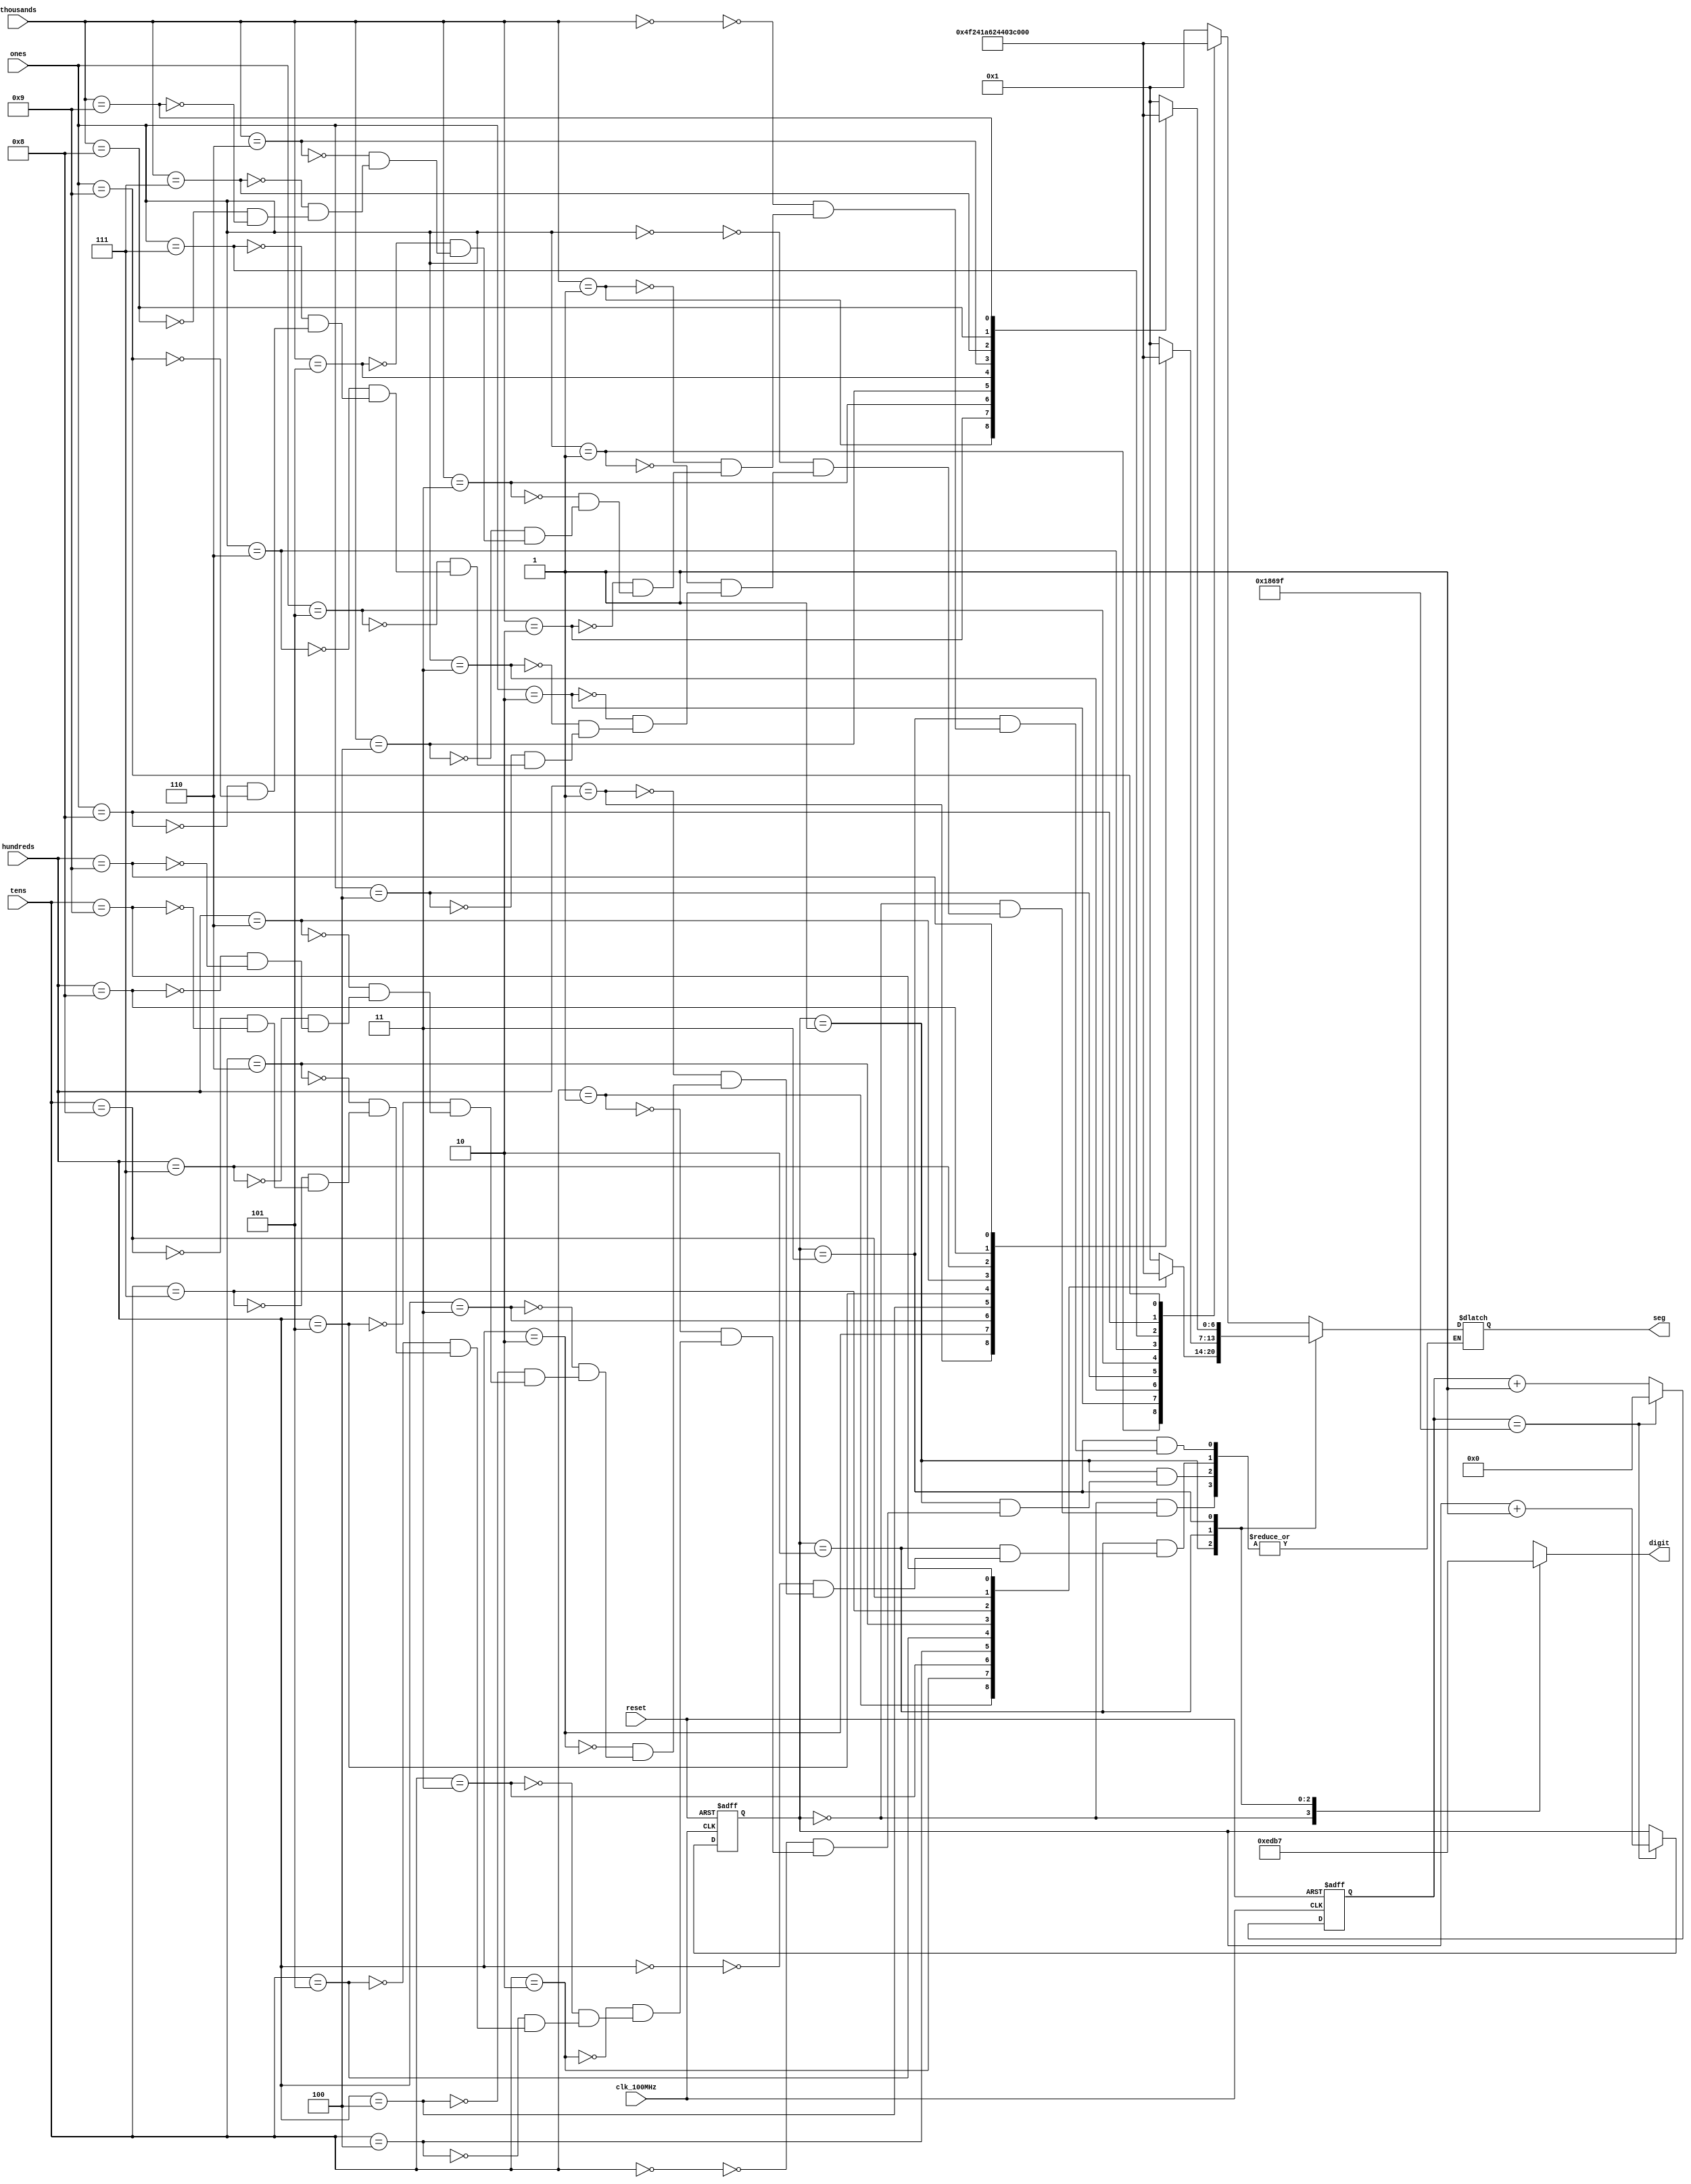

// Reference : https://github.com/FPGADude/Digital-Design/tree/main/FPGA%20Projects/How%20to%20Control%207%20Segment%20Display%20on%20Basys%203

module seg7_control(
    input wire clk_100MHz,
    input wire reset,
    input wire [3:0] ones,
    input wire [3:0] tens,
    input wire [3:0] hundreds,
    input wire [3:0] thousands,
    output reg [0:6] seg,       // segment pattern 0-9
    output reg [3:0] digit      // digit select signals
    );
    
    // Parameters for segment patterns
    parameter ZERO  = 7'b000_0001;  // 0
    parameter ONE   = 7'b100_1111;  // 1
    parameter TWO   = 7'b001_0010;  // 2 
    parameter THREE = 7'b000_0110;  // 3
    parameter FOUR  = 7'b100_1100;  // 4
    parameter FIVE  = 7'b010_0100;  // 5
    parameter SIX   = 7'b010_0000;  // 6
    parameter SEVEN = 7'b000_1111;  // 7
    parameter EIGHT = 7'b000_0000;  // 8
    parameter NINE  = 7'b000_0100;  // 9
    
    // To select each digit in turn
    reg [1:0] digit_select;     // 2 bit counter for selecting each of 4 digits
    reg [16:0] digit_timer;     // counter for digit refresh
    
    // Logic for controlling digit select and digit timer
    always @(posedge clk_100MHz or posedge reset) begin
        if(reset) begin
            digit_select <= 0;
            digit_timer <= 0; 
        end
        else                                        // 1ms x 4 displays = 4ms refresh period
            if(digit_timer == 99_999) begin         // The period of 100MHz clock is 10ns (1/100,000,000 seconds)
                digit_timer <= 0;                   // 10ns x 100,000 = 1ms
                digit_select <=  digit_select + 1;
            end
            else
                digit_timer <=  digit_timer + 1;
    end
    
    // Logic for driving the 4 bit anode output based on digit select
    always @(digit_select) begin
        case(digit_select) 
            2'b00 : digit = 4'b1110;   // Turn on ones digit
            2'b01 : digit = 4'b1101;   // Turn on tens digit
            2'b10 : digit = 4'b1011;   // Turn on hundreds digit
            2'b11 : digit = 4'b0111;   // Turn on thousands digit
        endcase
    end
    
    // Logic for driving segments based on which digit is selected and the value of each digit
    always @*
        case(digit_select)
            2'b00 : begin       // ONES DIGIT
                        case(ones)
                            4'b0000 : seg = ZERO;
                            4'b0001 : seg = ONE;
                            4'b0010 : seg = TWO;
                            4'b0011 : seg = THREE;
                            4'b0100 : seg = FOUR;
                            4'b0101 : seg = FIVE;
                            4'b0110 : seg = SIX;
                            4'b0111 : seg = SEVEN;
                            4'b1000 : seg = EIGHT;
                            4'b1001 : seg = NINE;
                        endcase
                    end
                    
            2'b01 : begin       // TENS DIGIT
                        case(tens)
                            4'b0000 : seg = ZERO;
                            4'b0001 : seg = ONE;
                            4'b0010 : seg = TWO;
                            4'b0011 : seg = THREE;
                            4'b0100 : seg = FOUR;
                            4'b0101 : seg = FIVE;
                            4'b0110 : seg = SIX;
                            4'b0111 : seg = SEVEN;
                            4'b1000 : seg = EIGHT;
                            4'b1001 : seg = NINE;
                        endcase
                    end
                    
            2'b10 : begin       // HUNDREDS DIGIT
                        case(hundreds)
                            4'b0000 : seg = ZERO;
                            4'b0001 : seg = ONE;
                            4'b0010 : seg = TWO;
                            4'b0011 : seg = THREE;
                            4'b0100 : seg = FOUR;
                            4'b0101 : seg = FIVE;
                            4'b0110 : seg = SIX;
                            4'b0111 : seg = SEVEN;
                            4'b1000 : seg = EIGHT;
                            4'b1001 : seg = NINE;
                        endcase
                    end
                    
            2'b11 : begin       // MINUTES ONES DIGIT
                        case(thousands)
                            4'b0000 : seg = ZERO;
                            4'b0001 : seg = ONE;
                            4'b0010 : seg = TWO;
                            4'b0011 : seg = THREE;
                            4'b0100 : seg = FOUR;
                            4'b0101 : seg = FIVE;
                            4'b0110 : seg = SIX;
                            4'b0111 : seg = SEVEN;
                            4'b1000 : seg = EIGHT;
                            4'b1001 : seg = NINE;
                        endcase
                    end
        endcase

endmodule